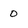
Character: 0